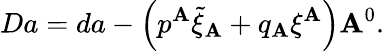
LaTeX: Da=da-\left(p^{\mathbf{A}}\tilde{{\xi}}_{\mathbf{A}}+q_{\mathbf{A}}\xi^{\mathbf{A}}\right)\mathbf{A}^{0}.